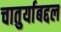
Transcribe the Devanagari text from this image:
चातुर्याबद्दल